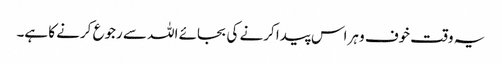
یہ وقت خوف و ہراس پیدا کرنے کی بجائے اللہ سے رجوع کرنے کا ہے۔